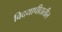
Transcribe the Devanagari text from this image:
विदयापीठातील